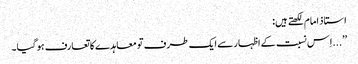
استاذ امام لکھتے ہیں:
’’...اِس نسبت کے اظہار سے ایک طرف تو معاہدے کا تعارف ہو گیا۔